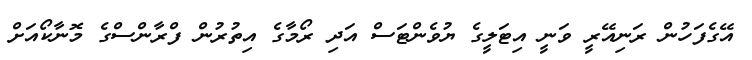
އޭގެފަހުން ރަނިއޭރީ ވަނީ އިޓަލީގެ ޔުވެންޓަސް އަދި ރޯމާގެ އިތުރުން ފްރާންސްގެ މޮނާކޯއަށް